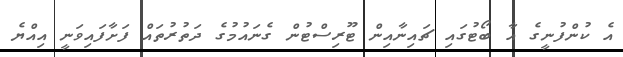
އެ ކުންފުނީގެ އާ ބޯޓުގައި ޗައިނާއިން ޓޫރިސްޓުން ގެނައުމުގެ ދަތުރުތައް ފަށާފައިވަނީ އިއްޔެ